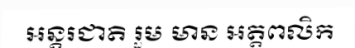
អន្តរជាតិ រួម មាន អត្តពលិក